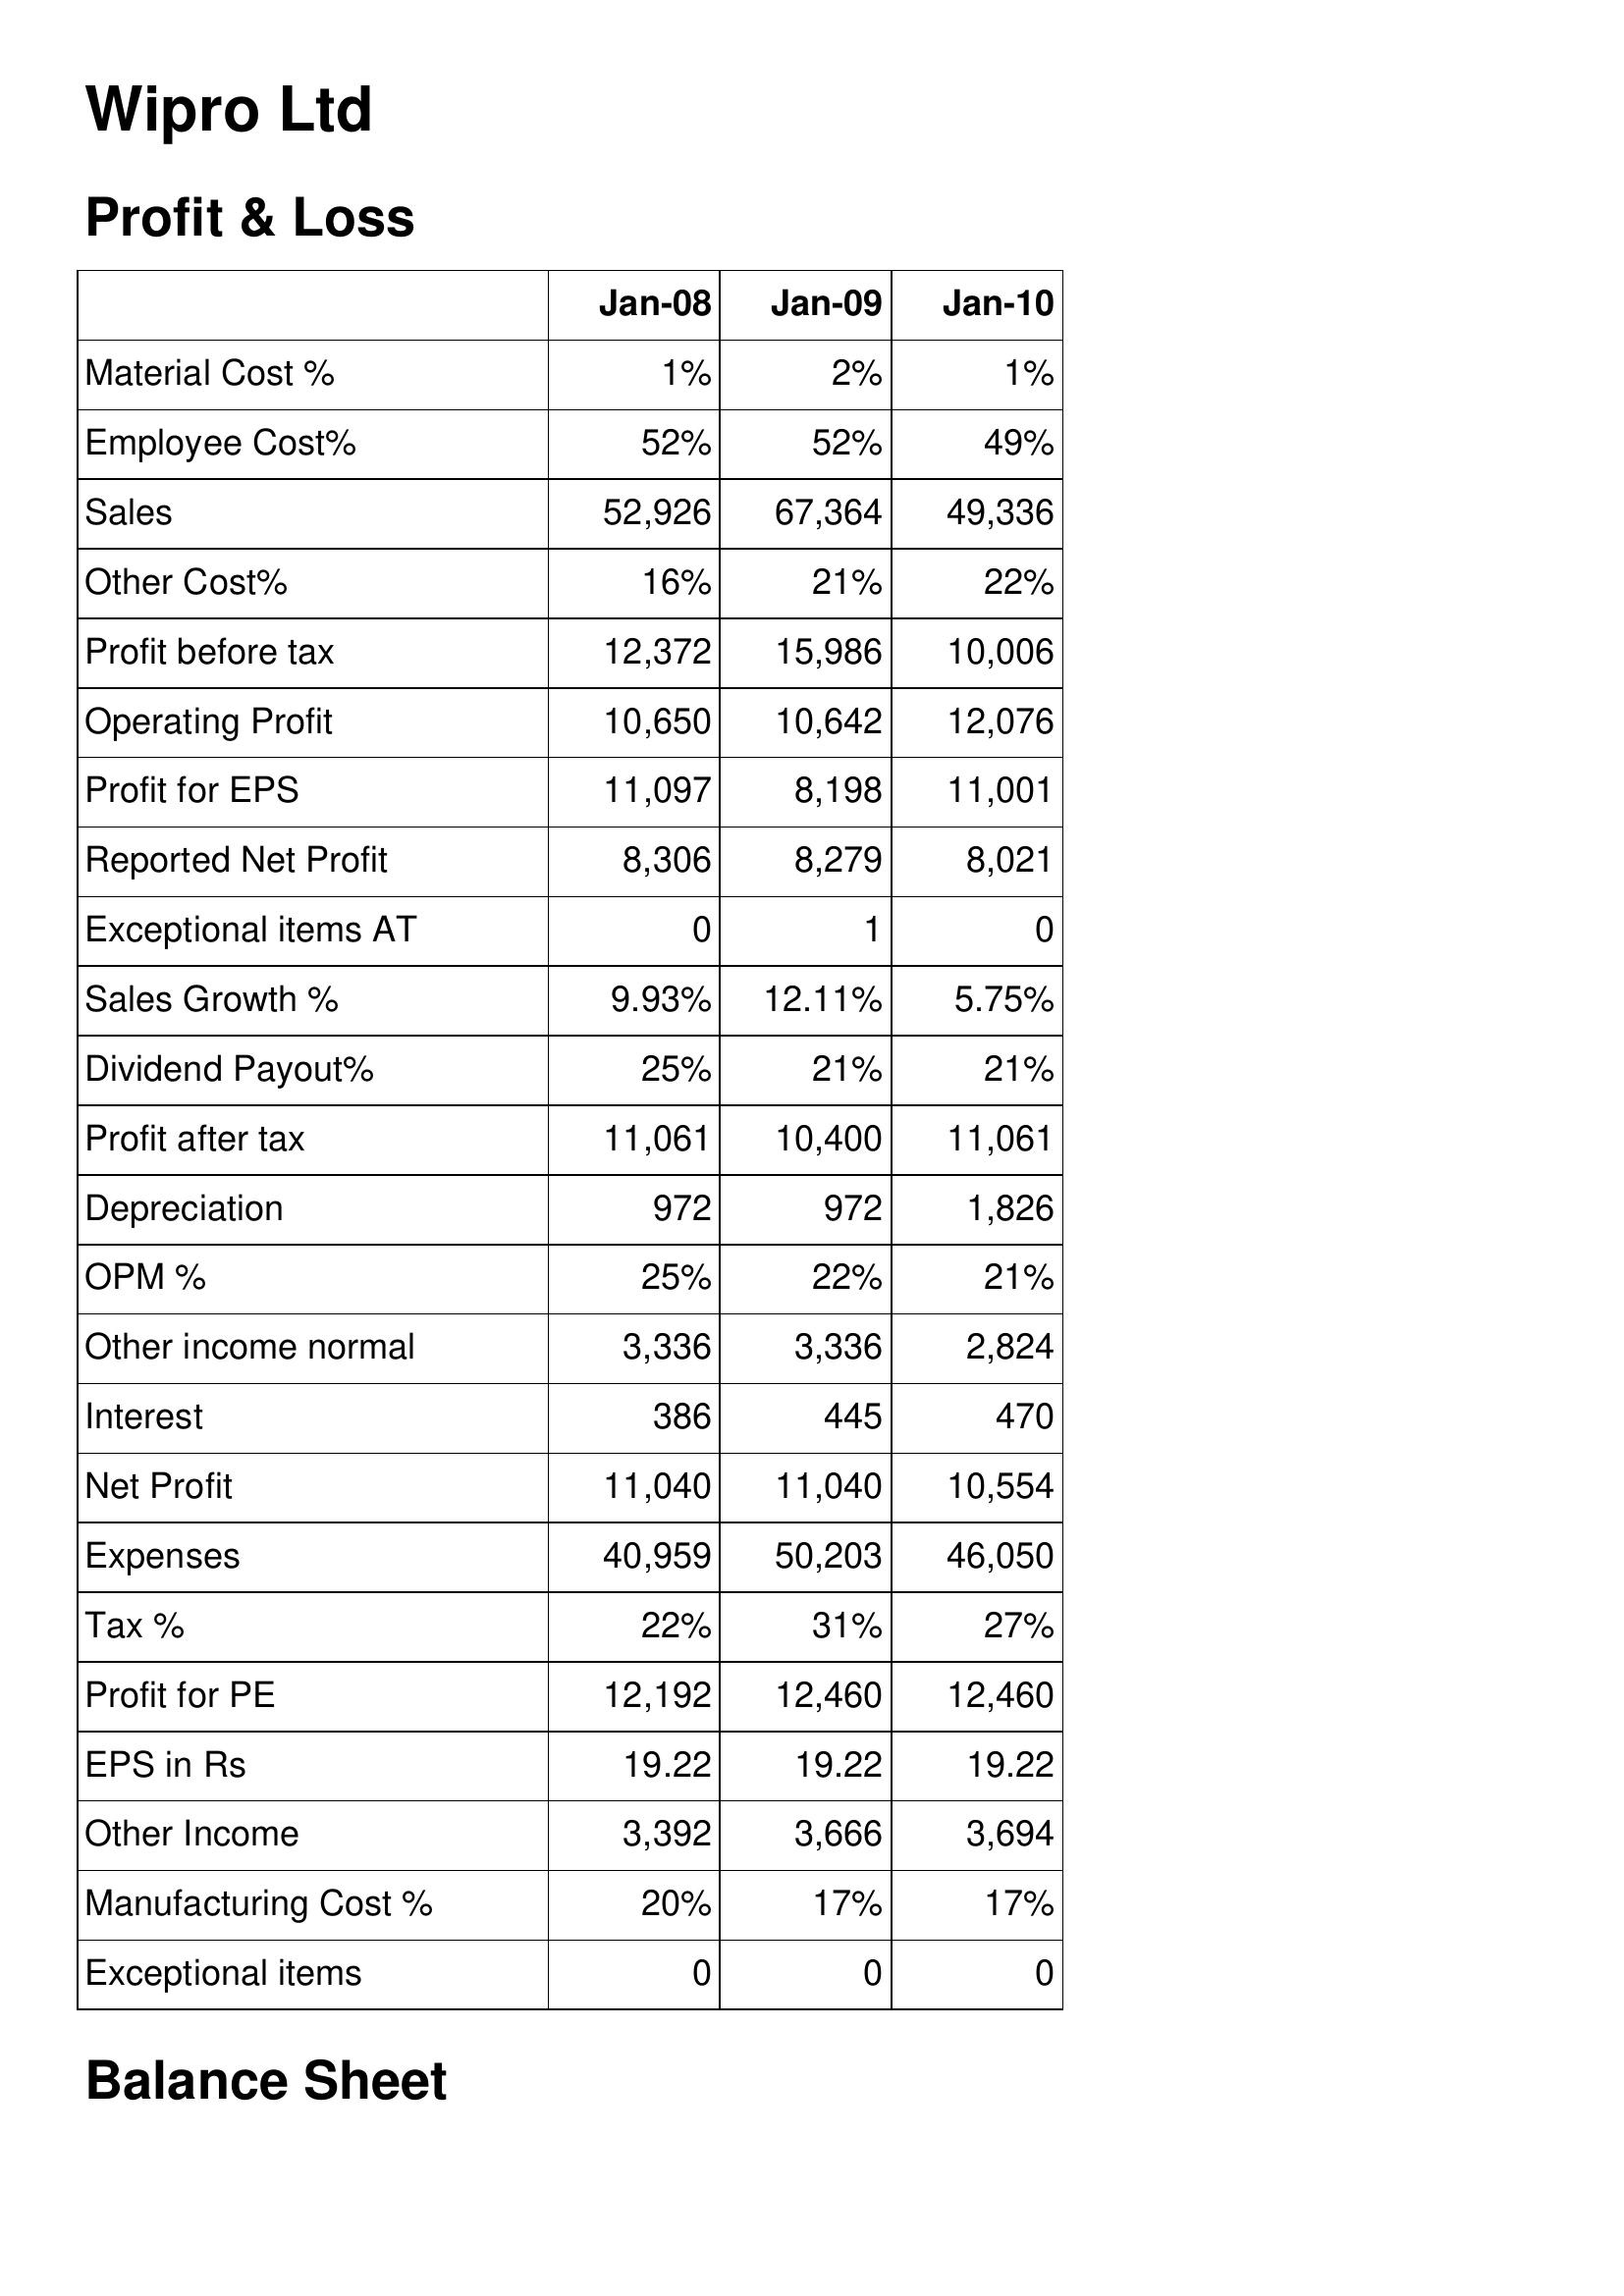
Jan-08: Profit & Loss: Material Cost %: 1%
Employee Cost%: 52%
Sales: 52,926
Other Cost%: 16%
Profit before tax: 12,372
Operating Profit: 10,650
Profit for EPS: 11,097
Reported Net Profit: 8,306
Exceptional items AT: 0
Sales Growth %: 9.93%
Dividend Payout%: 25%
Profit after tax: 11,061
Depreciation: 972
OPM %: 25%
Other income normal: 3,336
Interest: 386
Net Profit: 11,040
Expenses: 40,959
Tax %: 22%
Profit for PE: 12,192
EPS in Rs: 19.22
Other Income: 3,392
Manufacturing Cost %: 20%
Exceptional items: 0
Jan-09: Profit & Loss: Material Cost %: 2%
Employee Cost%: 52%
Sales: 67,364
Other Cost%: 21%
Profit before tax: 15,986
Operating Profit: 10,642
Profit for EPS: 8,198
Reported Net Profit: 8,279
Exceptional items AT: 1
Sales Growth %: 12.11%
Dividend Payout%: 21%
Profit after tax: 10,400
Depreciation: 972
OPM %: 22%
Other income normal: 3,336
Interest: 445
Net Profit: 11,040
Expenses: 50,203
Tax %: 31%
Profit for PE: 12,460
EPS in Rs: 19.22
Other Income: 3,666
Manufacturing Cost %: 17%
Exceptional items: 0
Jan-10: Profit & Loss: Material Cost %: 1%
Employee Cost%: 49%
Sales: 49,336
Other Cost%: 22%
Profit before tax: 10,006
Operating Profit: 12,076
Profit for EPS: 11,001
Reported Net Profit: 8,021
Exceptional items AT: 0
Sales Growth %: 5.75%
Dividend Payout%: 21%
Profit after tax: 11,061
Depreciation: 1,826
OPM %: 21%
Other income normal: 2,824
Interest: 470
Net Profit: 10,554
Expenses: 46,050
Tax %: 27%
Profit for PE: 12,460
EPS in Rs: 19.22
Other Income: 3,694
Manufacturing Cost %: 17%
Exceptional items: 0